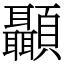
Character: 顳